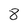
Character: 8